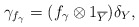
\begin{gather*}\gamma_{f_\gamma} =(f_\gamma \otimes 1_{\overline{Y}})\delta_Y,\end{gather*}